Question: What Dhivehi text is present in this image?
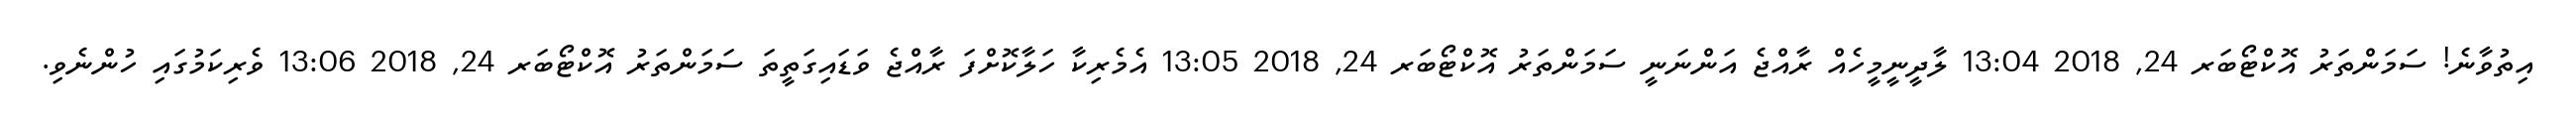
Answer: އިތުވާނެ! ސަމަންތަރު އޮކްޓޯބަރ 24, 2018 13:04 ލާދީނީމީހެއް ރާއްޖެ އަންނަނީ ސަމަންތަރު އޮކްޓޯބަރ 24, 2018 13:05 އެމެރިކާ ހަލާކޮށްފަ ރާއްޖެ ވަޑައިގަތީތަ ސަމަންތަރު އޮކްޓޯބަރ 24, 2018 13:06 ވެރިކަމުގައި ހުންނެވި.